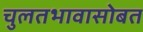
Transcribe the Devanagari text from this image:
चुलतभावासोबत